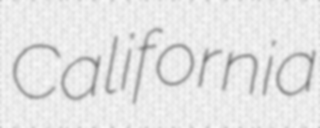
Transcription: California